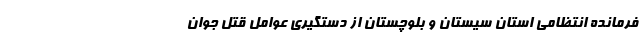
فرمانده انتظامی استان سیستان و بلوچستان از دستگیری عوامل قتل جوان